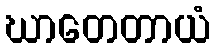
ဃာတေတာယံ